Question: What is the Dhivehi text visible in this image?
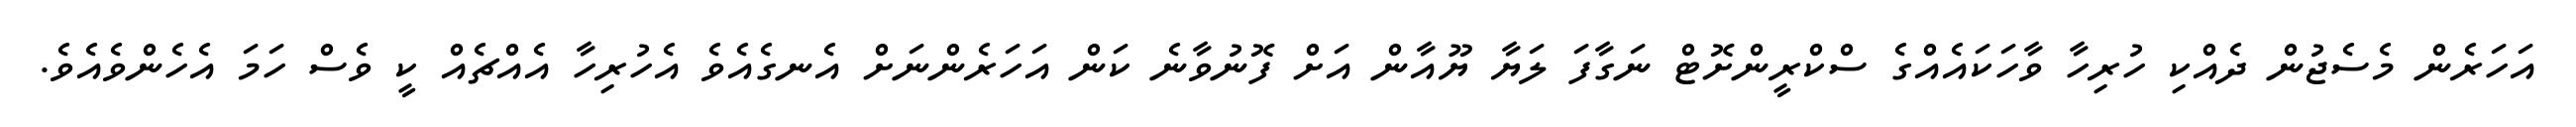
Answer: އަހަރެން މެސެޖުން ދެއްކި ހުރިހާ ވާހަކައެއްގެ ސްކްރީންށޮޓް ނަގާފަ ލަޔާ ޔޫއާން އަށް ފޮނުވާނެ ކަން އަހަރެންނަށް އެނގެއެވެ އެހުރިހާ އެއްޗެއް ކީ ވެސް ހަމަ އެހެންވެއެވެ.